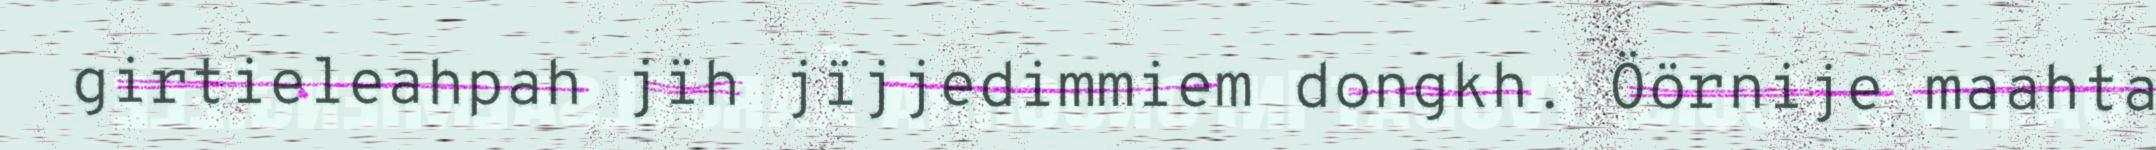
girtieleahpah jïh jïjjedimmiem dongkh. Öörnije maahta